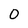
Character: 0